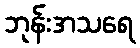
ဘုန်းအသရေ